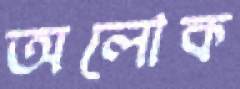
অলোক